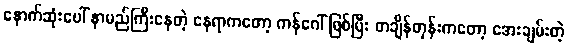
နောက်ဆုံးပေါ် နာမည်ကြီးနေတဲ့ နေရာကတော့ ကန်ဂေါ် ဖြစ်ပြီး တချိန်တုန်းကတော့ အေးချမ်းတဲ့